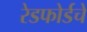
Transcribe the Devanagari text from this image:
रेडफोर्डचे